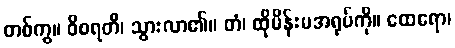
တစ်ကွ။ ဝိစရတိ၊ သွားလာ၏။ တံ၊ ထိုမိန်းမအရုပ်ကို။ ထေရော၊